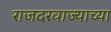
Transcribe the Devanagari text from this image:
राजदरवाज्याच्या